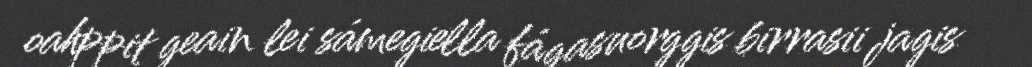
oahppit geain lei sámegiella fágasuorggis birrasii jagis